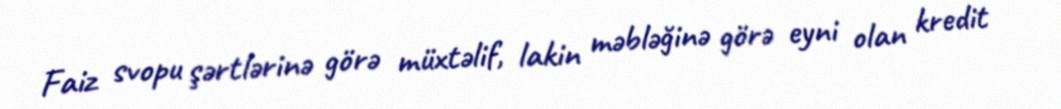
Faiz svopu şərtlərinə görə müxtəlif, lakin məbləğinə görə eyni olan kredit